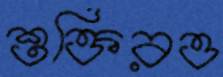
শুক্তিরও